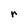
Character: r